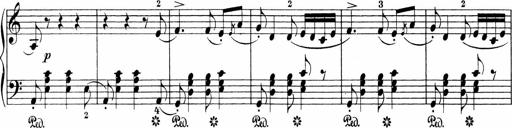
Title: Sonatinen Op.47, 98 und 136, nebst 6 Liedersonatinen
Composer: Carl Reinecke